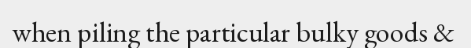
when piling the particular bulky goods &